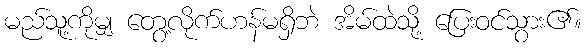
မည်သူ့ကိုမျှ တွေ့လိုက်ဟန်မရှိဘဲ အိမ်ထဲသို့ ပြေးဝင်သွား၏။